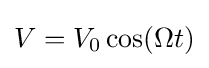
V=V_{0}\cos(\Omega t)